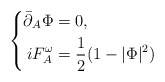
\begin{align*}\left\{\begin{aligned}\bar\partial_A\Phi &=0,\\iF_{A}^{\omega} &=\frac12(1-|\Phi|^2)\end{aligned}\right.\end{align*}